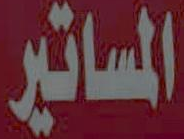
المساتير